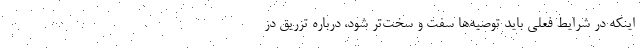
اینکه در شرایط فعلی باید توصیه‌ها سفت و سخت‌تر شود، درباره تزریق دز